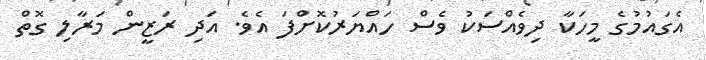
އެގައުމުގެ މީހަކާ ދިވެއްސަކު ވެސް ހައްޔަރުކޮށްފަ އެވެ. އަދި ރަޒީން މަރާލި ގޮތް